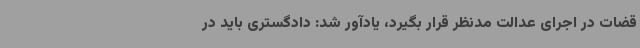
قضات در اجرای عدالت مدنظر قرار بگیرد، یادآور شد: دادگستری باید در